Code of medical and sanitary regulations for the guidance of medical officers serving in the Madras Presidency - Volume I
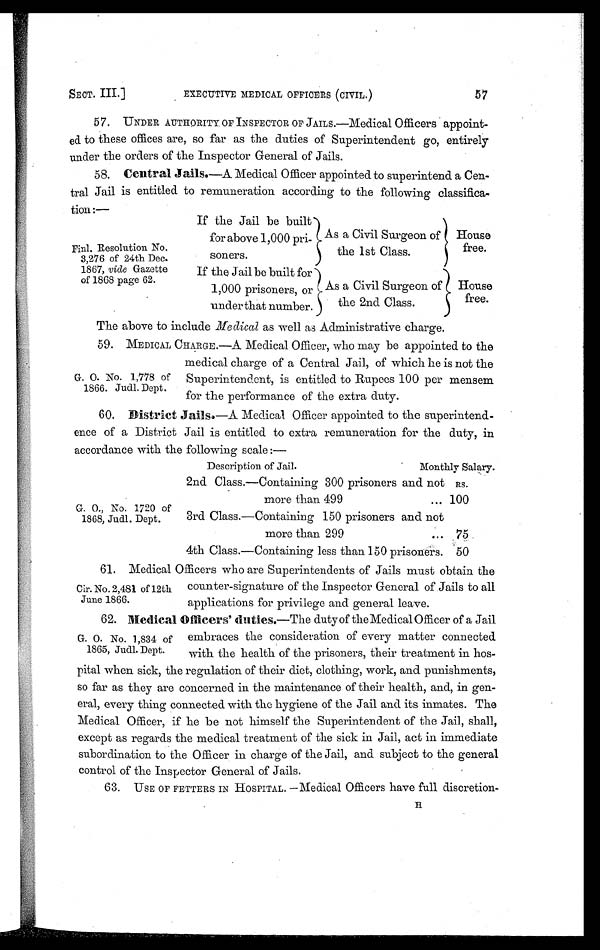
SECT. III.]
EXECUTIVE MEDICAL OFFICERS (CIVIL.)
57
57. UNDER AUTHORITY OF INSPECTOR OF JAILS.—Medical Officers appoint-
ed to these offices are, so far as the duties of Superintendent go, entirely
under the orders of the Inspector General of Jails.
58. Central Jails.—A Medical Officer appointed to superintend a Cen-
tral Jail is entitled to remuneration according to the following classifica-
tion:—
Finl. Resolution No.
3,276 of 24th Dec.
1867, vide Gazette
of 1868 page 62.
The above to include Medical as well as Administrative charge.
59. MEDICAL CHARGE.—A Medical Officer, who may be appointed to the
medical charge of a Central Jail, of which he is not the
Superintendent, is entitled to Rupees 100 per mensem
for the performance of the extra duty.
60. District Jails.—A Medical Officer appointed to the superintend-
ence of a District Jail is entitled to extra remuneration for the duty, in
accordance with the following scale :—
Description of Jail.
Monthly Salary.
If the Jail be built
for above 1,000 pri
soners.
As a Civil Surgeon of
the 1st Class.
House
free.
If the Jail be built for
1,000 prisoners, or
under that number.
As a Civil Surgeon of
the 2nd Class.
House
free.
G. O. No. 1,778 of
1866. Judi. Dept.
G. O., No. 1720 of
1868, Judl. Dept.
2nd Class.—Containing 300 prisoners and not
more than 499
...
Rs.
100
3rd Class.—Containing 150 prisoners and not
more than 299
... 75
4th Class.—Containing less than 150 prisoners. 50
61. Medical Officers who are Superintendents of Jails must obtain the
counter-signature of the Inspector General of Jails to all
applications for privilege and general leave.
62. Medical Officers' duties.—The duty of the Medical Officer of a Jail
embraces the consideration of every matter connected
with the health of the prisoners, their treatment in hos-
pital when sick, the regulation of their diet, clothing, work, and punishments,
so far as they are concerned in the maintenance of their health, and, in gen-
eral, every thing connected with the hygiene of the Jail and its inmates. The
Medical Officer, if he be not himself the Superintendent of the Jail, shall,
except as regards the medical treatment of the sick in Jail, act in immediate
subordination to the Officer in charge of the Jail, and subject to the general
control of the Inspector General of Jails.
63. USE OF FETTERS IN HOSPITAL. —Medical Officers have full discretion- H
Cir. No. 2,481 of 12th
June 1866.
G. O. No. 1,834 of
1865, Judl. Dept.